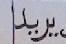
ير